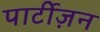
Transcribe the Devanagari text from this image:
पार्टीज़न